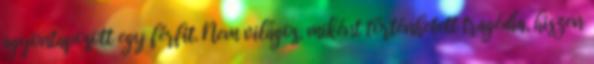
agyontaposott egy férfit. Nem világos, miként történhetett tragédia, hiszen